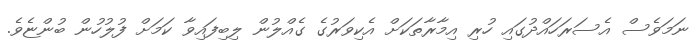
ނަމަވެސް އެސަރަހައްދުގައި ހުރި އިމާރާތަކަށް އެކިވަރުގެ ގެއްލުން ލިބިފައިވާ ކަމަށް ފުލުހުން ބުންޏެވެ.